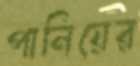
পানিয়ের